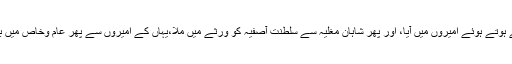
یہ دربار سے ہوتے ہوئے امیروں میں آیا، اور پھر شاہانِ مغلیہ سے سلطنت ِآصفیہ کو ورثے میں ملا،یہاں کے امیروں سے پھر عام وخاص میں بھی پھیل گیا۔